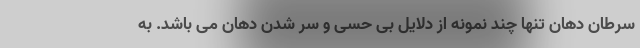
سرطان دهان تنها چند نمونه از دلایل بی حسی و سر شدن دهان می باشد. به